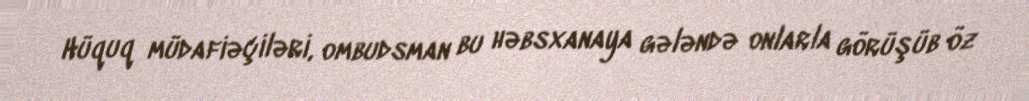
Hüquq müdafiəçiləri, ombudsman bu həbsxanaya gələndə onlarla görüşüb öz